Subject: physics
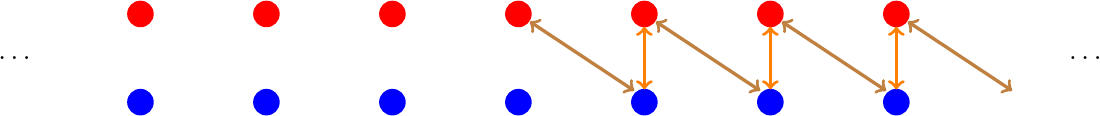
LaTeX code:
\begin{tikzpicture}
    \begin{scope}[scale=1.6,yshift=0cm]
    \foreach \x in {-3,...,3}{
    \fill[blue] (\x,0) circle [radius=3pt];
    \fill[red] (\x,0.7) circle [radius=3pt];
    }
    \foreach \x in {1,...,3}{
    \draw[<->,orange,very thick] (\x,0.1)--(\x,0.6);
    }
     \foreach \x in {0,...,3}{
      \draw[<->,brown,very thick] (\x+0.92,0.09)--(\x+0.09,0.64);
     }
      \node at (-4,0.35) {$\ldots$};
    \node at (4.5,0.35) {$\ldots$};
    \end{scope}
\end{tikzpicture}